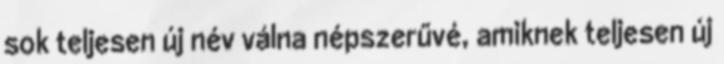
sok teljesen új név válna népszerűvé, amiknek teljesen új